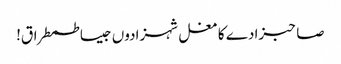
صاحبزادے کا مغل شہزادوں جیسا طمطراق!